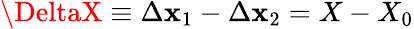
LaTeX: \DeltaX\equiv\Delta\mathbf{x}_{1}-\Delta\mathbf{x}_{2}=X-X_{0}